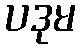
ပဒုမ